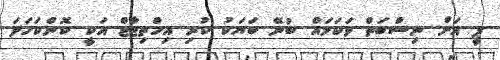
ޕީ އަށް ނިސްބަތް ވަކަމައް ބުނޭ ބަޔަކު ކުރި އިހްތިޖާޖް އަކީ ކޮންކަހަލަ